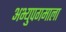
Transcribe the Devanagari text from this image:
अभ्युपगमाला